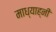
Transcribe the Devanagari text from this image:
माध्याह्नी